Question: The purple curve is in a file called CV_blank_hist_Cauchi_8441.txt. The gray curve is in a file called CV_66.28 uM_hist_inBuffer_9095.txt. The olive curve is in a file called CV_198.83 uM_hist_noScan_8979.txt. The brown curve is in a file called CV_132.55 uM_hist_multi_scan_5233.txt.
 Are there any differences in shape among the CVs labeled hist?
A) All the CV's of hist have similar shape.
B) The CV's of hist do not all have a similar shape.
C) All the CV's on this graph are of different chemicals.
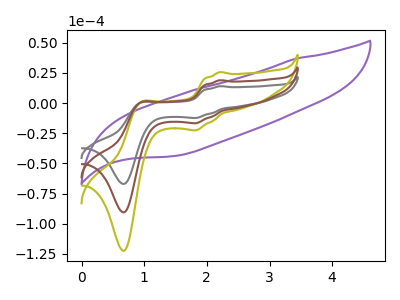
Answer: <think>The purple curve "hist, blank" has no peaks. The gray curve "hist, 66.28 uM" has anodic peaks at (2.20V, 14.05uA) (0.95V, 0.35uA) and cathodic peaks at (1.85V, -12.30uA) (0.70V, -66.95uA). The olive curve "hist, 198.83 uM" has anodic peaks at (2.20V, 38.00uA) (0.95V, 0.90uA) and cathodic peaks at (1.85V, -33.25uA) (0.70V, -181.00uA). The brown curve "hist, 132.55 uM" has anodic peaks at (2.20V, 19.00uA) (0.95V, 0.45uA) and cathodic peaks at (1.85V, -16.60uA) (0.70V, -90.50uA).
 "hist, blank" and "hist, 66.28 uM" have a different number of peaks. "hist, blank" and "hist, 198.83 uM" have a different number of peaks. "hist, blank" and "hist, 132.55 uM" have a different number of peaks. All the peaks in "hist, 66.28 uM" have a peak in "hist, 198.83 uM" at the same potential. Every peak in "hist, 66.28 uM" is lower than every peak in "hist, 198.83 uM". All the peaks in "hist, 66.28 uM" have a peak in "hist, 132.55 uM" at the same potential. Every peak in "hist, 66.28 uM" is lower than every peak in "hist, 132.55 uM". All the peaks in "hist, 198.83 uM" have a peak in "hist, 132.55 uM" at the same potential. Every peak in "hist, 198.83 uM" is higher than every peak in "hist, 132.55 uM".</think>
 <answer>A) All the CV's of "hist" have similar shape.</answer>
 <eval>A</eval>